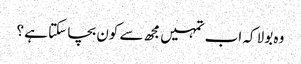
وہ بولا کہ اب تمہیں مجھ سے کون بچا سکتا ہے ؟